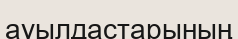
ауылдастарының